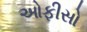
ઓફીસો